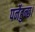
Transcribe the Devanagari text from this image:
पर्नेहुन्छ।